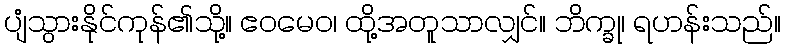
ပျံသွားနိုင်ကုန်၏သို့။ ဧဝမေဝ၊ ထို့အတူသာလျှင်။ ဘိက္ခု၊ ရဟန်းသည်။